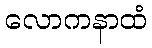
လောကနာထံ